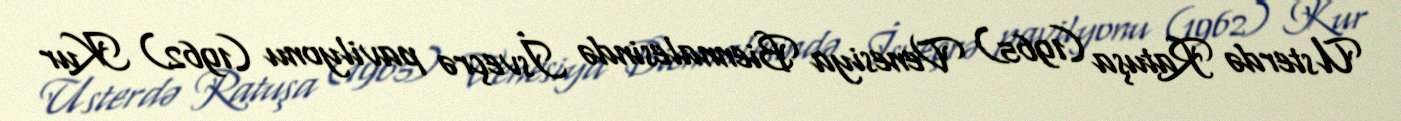
Usterdə Ratuşa (1965) Venesiya Biennalesində İsveçrə pavilyonu (1962) Kur